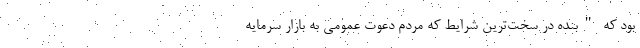
بود که "بنده در سخت‌ترین شرایط که مردم دعوت عمومی به بازار سرمایه